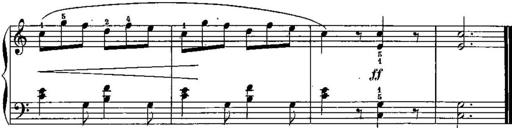
Title: Trois sonatines
Composer: Maurice Emmanuel